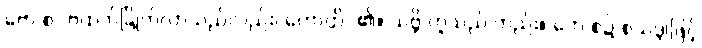
ဗော စ- ဗထက်ခြိုက်လာသည်လည်း၊ ဟောတိ- ၏။ သဗ္ဘိ ဟူသည် တည်း။ ဘေ စ၌ စသဒ္ဒါဖြင့်